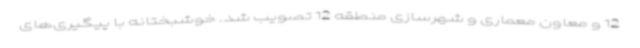
12 و معاون معماری و شهرسازی منطقه 12 تصویب شد. خوشبختانه با پیگیری‌های